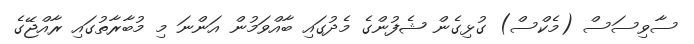
ސާވިސަސް (މެކްސް) ގުޅިގެން ޝެފުންގެ މެދުގައި ބާއްވަމުން އަންނަ މި މުބާރާތުގައި ރާއްޖޭގެ